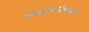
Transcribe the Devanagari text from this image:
एलेक्त्रोकर्दिओग्रफ्य